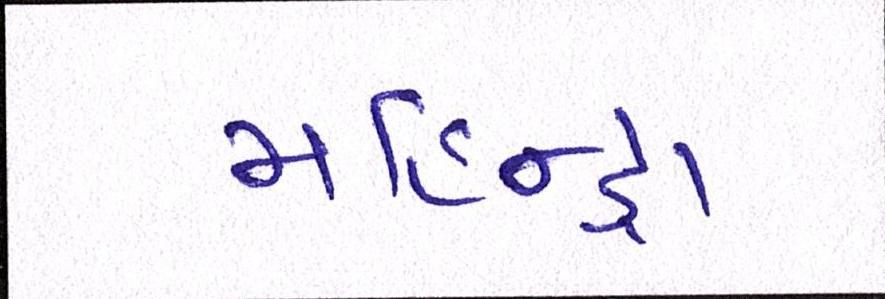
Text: મહિન્દ્રા